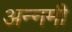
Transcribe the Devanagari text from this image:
अन्नमी